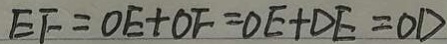
E F = O E + O F = O E + D E = O E + O E = O E + D E = O E